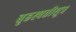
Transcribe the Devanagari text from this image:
बृहस्पतीसूत्र